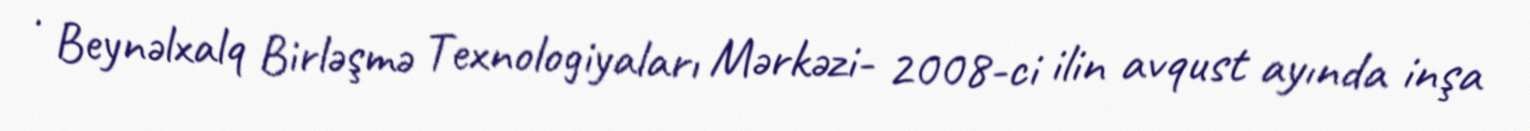
· Beynəlxalq Birləşmə Texnologiyaları Mərkəzi- 2008-ci ilin avqust ayında inşa